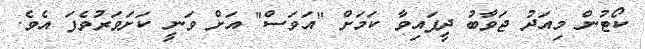
ކޯޓުން މިއަދު ޖަވާބު ދީފައިވާ ކަމަށް "އަވަސް" އަށް ވަނީ ކަށަވަރުވެފަ އެވެ.